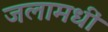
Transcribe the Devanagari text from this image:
जलामधीं